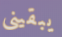
يبقيني